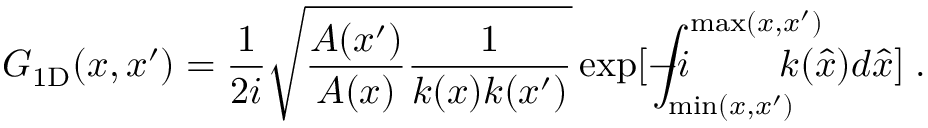
G _ { \mathrm { 1 D } } ( x , x ^ { \prime } ) = \frac { 1 } { 2 i } \sqrt { \frac { A ( x ^ { \prime } ) } { A ( x ) } \frac { 1 } { k ( x ) k ( x ^ { \prime } ) } } \exp [ - i \! \! \! \! \! \! \! \int _ { \operatorname* { m i n } ( x , x ^ { \prime } ) } ^ { \operatorname* { m a x } ( x , x ^ { \prime } ) } \! \! \! \! \! \! \! \! { k ( \hat { x } ) d \hat { x } } ] \; .